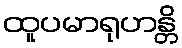
ထူပမာရုဟန္တိ